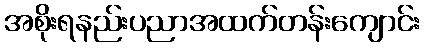
အစိုးရနည်းပညာအထက်တန်းကျောင်း